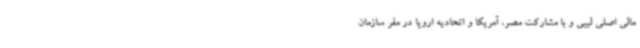
مالی اصلی لیبی و با مشارکت مصر، آمریکا و اتحادیه اروپا در مقر سازمان